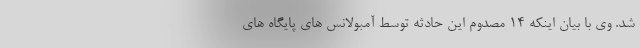
شد. وی با بیان اینکه ۱۴ مصدوم این حادثه توسط آمبولانس های پایگاه های